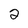
Character: 2